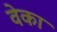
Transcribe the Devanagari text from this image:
वेका